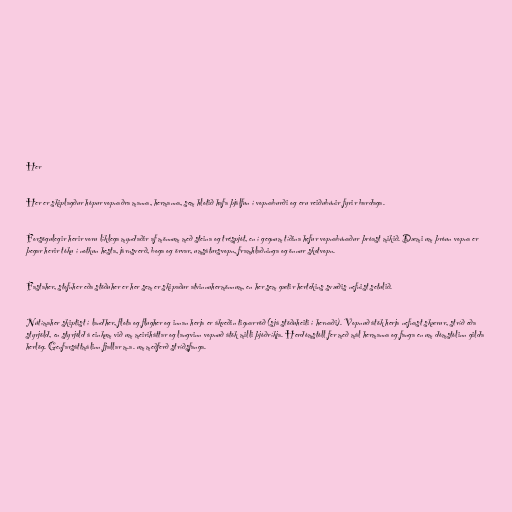
Her

Her er skiplagður hópur vopnaðra manna, hermanna, sem hlotið hafa þjálfun í vopnaburði og eru reiðubúnir fyrir bardaga.

Forsögulegir herir voru líklega myndaðir af mönnum með steina og tréspjót, en í gegnum tíðina hefur vopnabúnaður þróast mikið. Dæmi um þróun vopna er
þegar herir tóku í notkun hesta, járnsverð, boga og örvar, umsátursvopn, framhlaðninga og önnur skotvopn.

Fastaher, stofnher eða stöðuher er her sem er skipaður atvinnuhermönnum, en her sem gætir hertekins svæðis nefnist setulið.

Nútímaher skiptist í landher, flota og flugher og innan herja er ákveðin tignarröð (sjá stöðuheiti í hernaði). Vopnuð átök herja nefnast skærur, stríð eða
styrjöld, en styrjöld á einkum við um meiriháttar og langvinn vopnuð átök milli þjóðríkja. Herdómstóll fer með mál hermanna og fanga en um dómstólinn gilda
herlög. Genfarsáttmálinn fjallar m.a. um meðferð stríðsfanga.